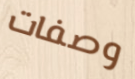
وصفات